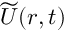
\widetilde { \boldsymbol { U } } ( \boldsymbol { r } , t )